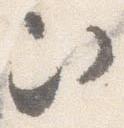
次